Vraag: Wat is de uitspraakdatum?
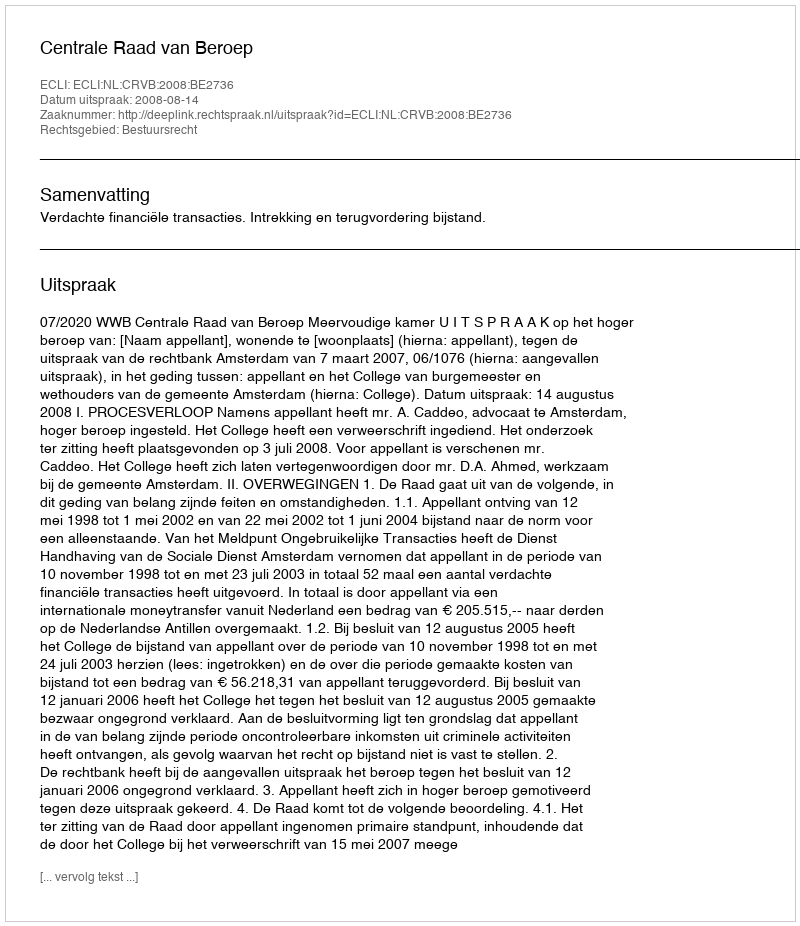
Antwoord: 2008-08-14